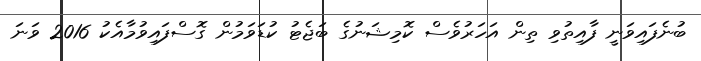
ބުނެފައިވަނީ ފާއިތުވި ތިން އަހަރުވެސް ކޮމިޝަނުގެ ބަޖެޓު ކުޑަވަމުން ގޮސްފައިވުމާއެކު 2016 ވަނަ